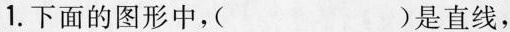
1.下面的图形中，（）是直线，